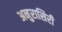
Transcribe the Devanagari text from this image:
अनुरासिरी